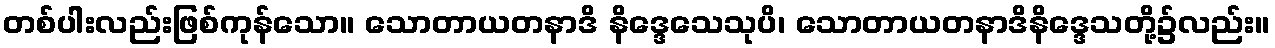
တစ်ပါးလည်းဖြစ်ကုန်သော။ သောတာယတနာဒိ နိဒ္ဒေသေသုပိ၊ သောတာယတနာဒိနိဒ္ဒေသတို့၌လည်း။